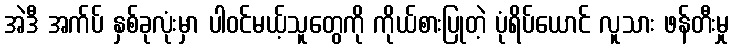
အဲဒီ အက်ပ် နှစ်ခုလုံးမှာ ပါဝင်မယ့်သူတွေကို ကိုယ်စားပြုတဲ့ ပုံရိပ်ယောင် လူသား ဖန်တီးမှု